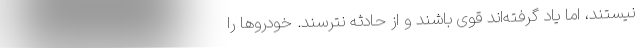
نیستند، اما یاد گرفته‌اند قوی باشند و از حادثه نترسند. خودروها را